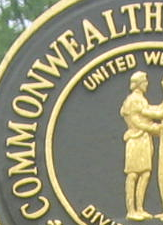
COMMONWEALTH